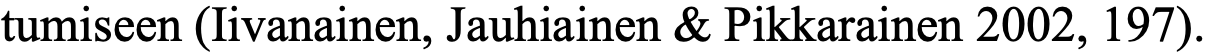
tumiseen (Iivanainen, Jauhiainen & Pikkarainen 2002, 197).